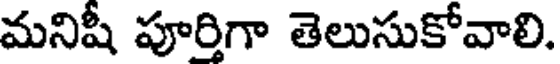
మనిషీ పూర్తిగా తెలుసుకోవాలి.